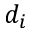
d _ { i }